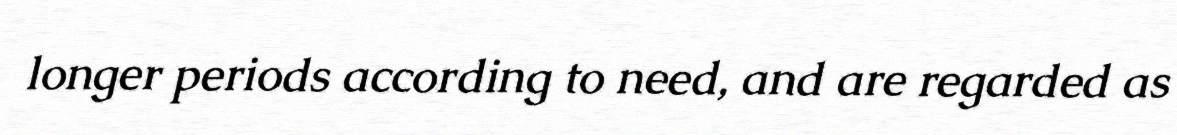
longer periods according to need, and are regarded as